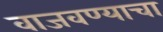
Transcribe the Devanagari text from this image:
वाजवण्याचा